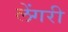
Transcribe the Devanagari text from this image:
लेंगरी